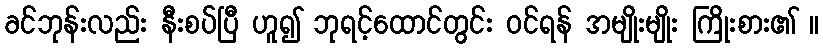
ခင်ဘုန်းလည်း နီးစပ်ပြီ ဟူ၍ ဘုရင့်ထောင်တွင်း ဝင်ရန် အမျိုးမျိုး ကြိုးစား၏ ။